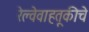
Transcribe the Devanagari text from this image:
रेल्वेवाहतूकीचे